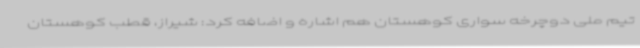
تیم ملی دوچرخه سواری کوهستان هم اشاره و اضافه کرد: شیراز، قطب کوهستان